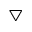
\bigtriangledown